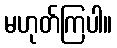
မဟုတ်ကြပါ။